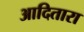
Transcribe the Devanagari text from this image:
आदितारा